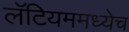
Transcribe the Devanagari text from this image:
लॅटियममध्येच